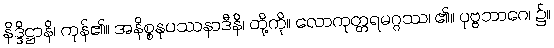
နိဒ္ဒိဋ္ဌာနိ၊ ကုန်၏။ အနိစ္စနုပဿနာဒီနိ၊ တို့ကို။ လောကုတ္တရမဂ္ဂဿ၊ ၏။ ပုဗ္ဗဘာဂေ၊ ၌။